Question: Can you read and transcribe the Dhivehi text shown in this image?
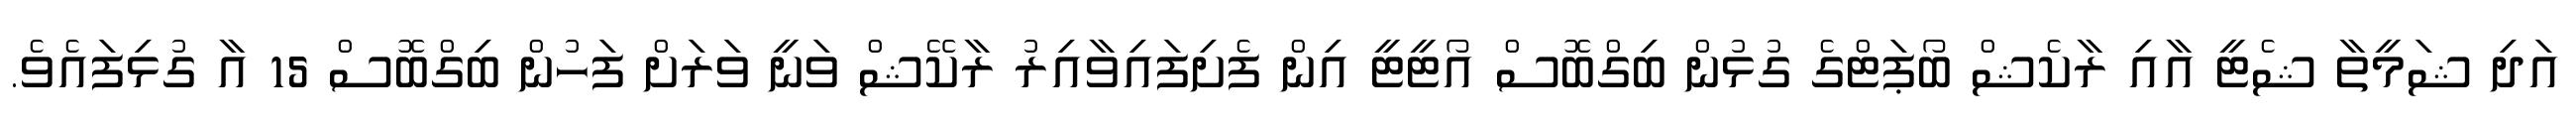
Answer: އަދި ޝަމީތާ ޝެޓީ އާއި ރާކެޝް ބޯޕަޓްގެ ގުޅުން ބިގްބޮސް އޯޓީޓީ އިން ފެށިފައިވާއިރު ރާކޭޝް ވަނީ ވަރަށް ފަހުން ބިގްބޮސް 15 އާ ގުޅިފައެވެ.